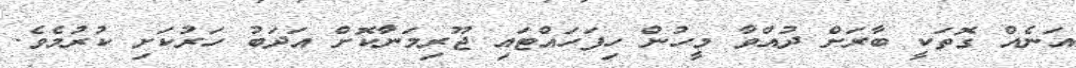
އަނެއް ގޮތަކީ ބާރަށް ދުއްވާ މީހުން ހިފަހައްޓައި ޖޫރިމަނާކޮށް އަދަބު ހަރުކަށި ކުރުމެވެ.